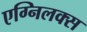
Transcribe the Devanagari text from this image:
एग्निलक्स